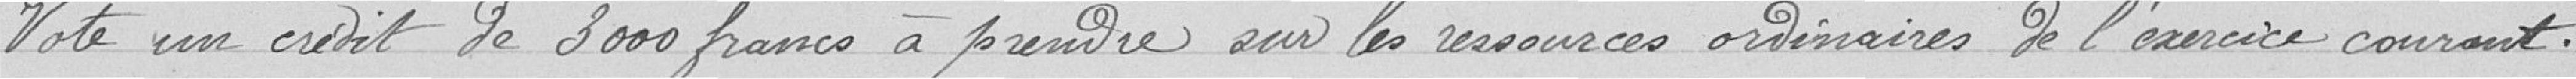
Vote un crédit de 3000 francs à prendre sur les ressources ordinaires de l'exercice courant.